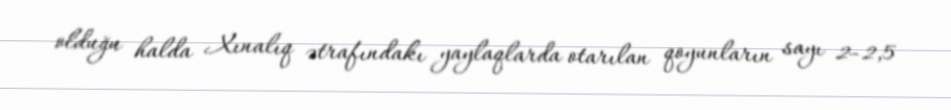
olduğu halda Xınalıq ətrafındakı yaylaqlarda otarılan qoyunların sayı 2–2,5